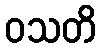
ဝသတိ